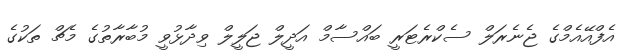
އެފްއޭއެމްގެ ޖެނެރަލް ސެކްރެޓަރީ ބައްސާމް އަދީލް ޖަލީލް ވިދާޅުވީ މުބާރާތުގެ މެޗް ތަކުގެ